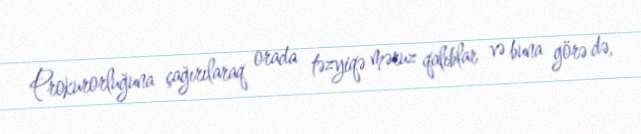
Prokurorluğuna çağırılaraq orada təzyiqə məruz qalıblar və buna görə də,